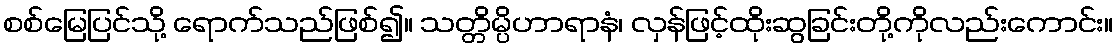
စစ်မြေပြင်သို့ ရောက်သည်ဖြစ်၍။ သတ္တိမ္ပိဟာရာနံ၊ လှန်ဖြင့်ထိုးဆွခြင်းတို့ကိုလည်းကောင်း။